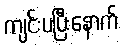
ကျင်းပပြီးနောက်